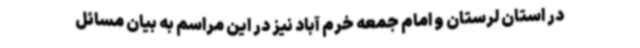
در استان لرستان و امام جمعه خرم آباد نیز در این مراسم به بیان مسائل